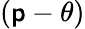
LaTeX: (\mathsf{p}-\theta)